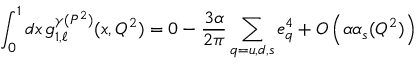
\int _ { 0 } ^ { 1 } d x \, g _ { 1 , \ell } ^ { \gamma ( P ^ { 2 } ) } ( x , Q ^ { 2 } ) = 0 - \frac { 3 \alpha } { 2 \pi } \sum _ { q = u , d , s } e _ { q } ^ { 4 } + { \cal { O } } \left( \alpha \alpha _ { s } ( Q ^ { 2 } ) \right)